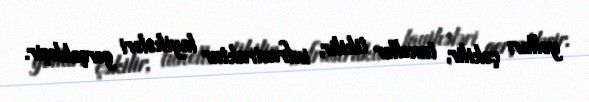
yolları çəkilir, tunellər tikilir, infrastruktur layihələri gerçəkləşir.